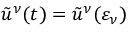
\tilde { u } ^ { \nu } ( t ) = \tilde { u } ^ { \nu } ( \varepsilon _ { \nu } )